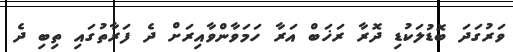
ވަރުގަދަ ބޮޑުލަކުޑި ދޮރާ ރަޚަބް އަރާ ހަމަވާންވާއިރަށް ދެ ފަރާތުގައި ތިބި ދެ